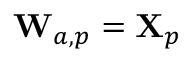
\mathbf { W } _ { a , p } = \mathbf { X } _ { p }